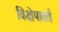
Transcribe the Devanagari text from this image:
विक्षेपावर्त